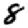
Digit: 8